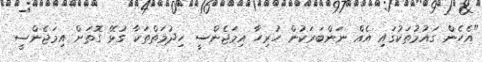
"އެހެން ގައުމުތަކުގައި އެއް ނަންބަރަކުން ހުރިހާ އިމަޖެންސީ ހިދުމަތްތަކާ ގުޅޭ ގޮތަށް އިމަޖެންސީ